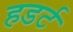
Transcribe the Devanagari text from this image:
हडर्ट